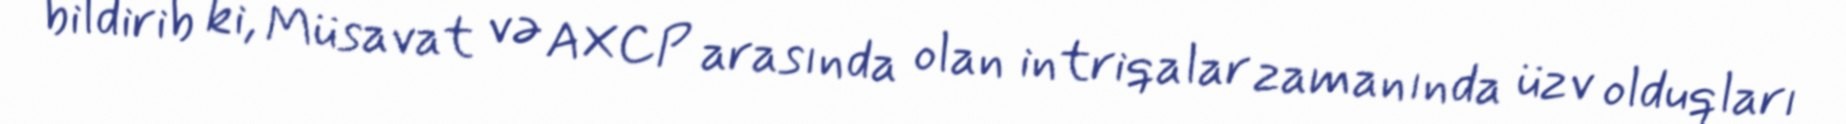
bildirib ki, Müsavat və AXCP arasında olan intriqalar zamanında üzv olduqları